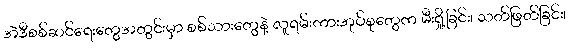
အဲဒီစစ်ဆင်ရေးတွေအတွင်းမှာ စစ်သားတွေနဲ့ လူရမ်းကားအုပ်စုတွေက မီးရှို့ခြင်း၊ သတ်ဖြတ်ခြင်း၊